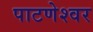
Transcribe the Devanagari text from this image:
पाटणेश्वर